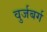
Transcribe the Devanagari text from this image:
वुर्जबर्ग